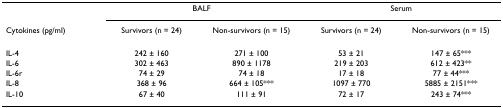
<table><thead><tr><td></td><td colspan="2"><b>BALF</b></td><td colspan="2"><b>Serum</b></td></tr><tr><td><b>Cytokines (pg/ml)</b></td><td><b>Survivors (n = 24)</b></td><td><b>Non-survivors (n = 15)</b></td><td><b>Survivors (n = 24)</b></td><td><b>Non-survivors (n = 15)</b></td></tr></thead><tbody><tr><td>IL-4</td><td>242 ± 160</td><td>271 ± 100</td><td>53 ± 21</td><td>147 ± 65***</td></tr><tr><td>IL-6</td><td>302 ± 463</td><td>890 ± 1178</td><td>219 ± 203</td><td>612 ± 423**</td></tr><tr><td>IL-6r</td><td>74 ± 29</td><td>74 ± 18</td><td>17 ± 18</td><td>77 ± 44***</td></tr><tr><td>IL-8</td><td>368 ± 96</td><td>664 ± 105***</td><td>1097 ± 770</td><td>5885 ± 2151***</td></tr><tr><td>IL-10</td><td>67 ± 40</td><td>111 ± 91</td><td>72 ± 17</td><td>243 ± 74***</td></tr></tbody></table>